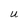
Character: U